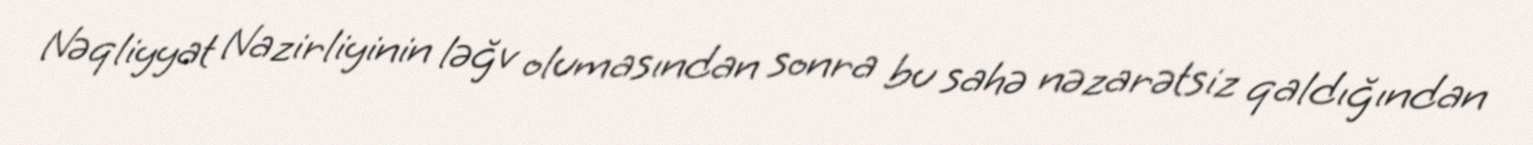
Nəqliyyat Nazirliyinin ləğv olumasından sonra bu sahə nəzarətsiz qaldığından